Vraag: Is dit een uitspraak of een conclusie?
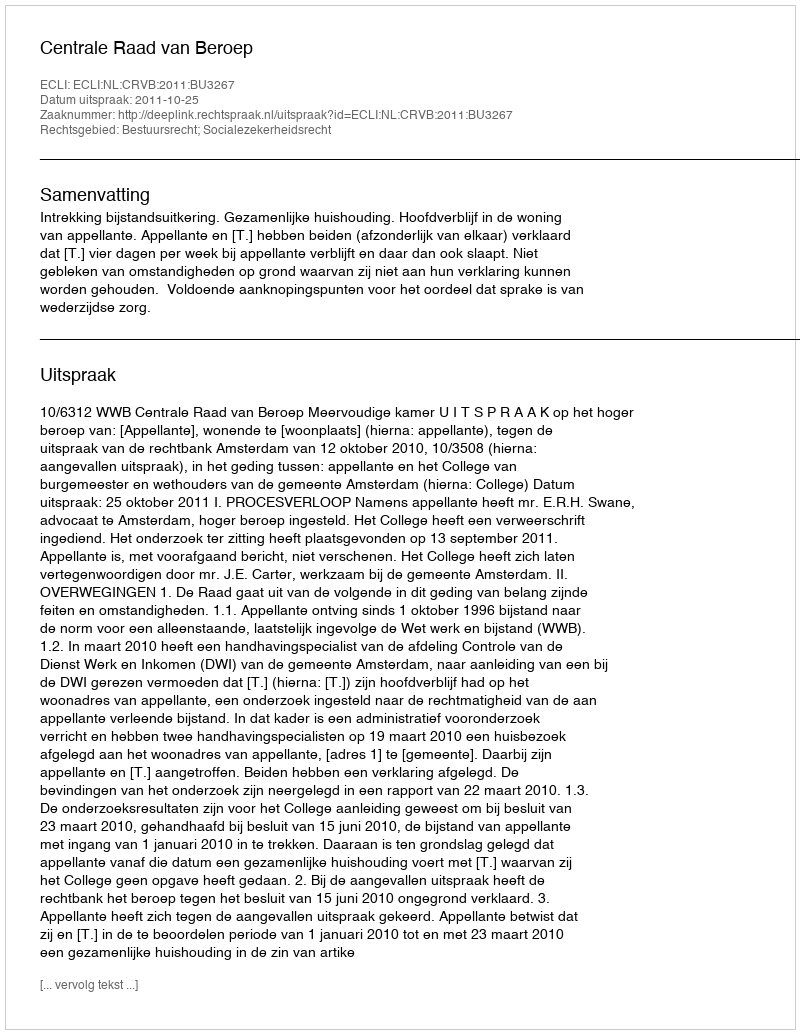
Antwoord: Uitspraak